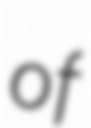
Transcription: of